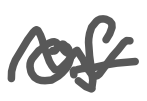
Text: of
Cross-out: wave
Writing tool: digital_gray